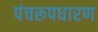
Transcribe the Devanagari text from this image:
पंचरूपधारण